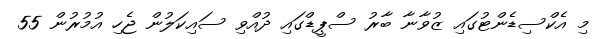
މި އެކްސިޑެންޓުގައި ޒުވާނާ ބާރު ސްޕީޑްގައި ދުއްވި ސައިކަލުން ޖެހި އުމުރުން 55